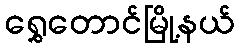
ရွှေတောင်မြို့နယ်